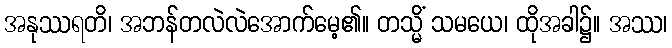
အနုဿရတိ၊ အဘန်တလဲလဲအောက်မေ့၏။ တသ္မိံ သမယေ၊ ထိုအခါ၌။ အဿ၊